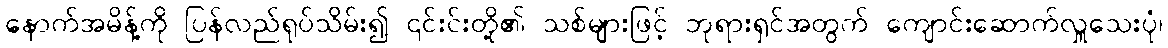
နောက်အမိန့်ကို ပြန်လည်ရုပ်သိမ်း၍ ၎င်းင်းတို့၏ သစ်များဖြင့် ဘုရားရှင်အတွက် ကျောင်းဆောက်လှူသေးပုံ၊